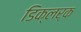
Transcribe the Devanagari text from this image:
डिक्लर्क